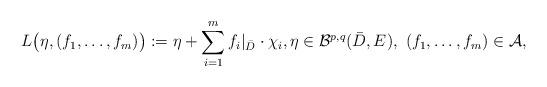
LaTeX: \begin{align*}L\bigl(\eta, (f_1,\dots,f_m)\bigr):=\eta+\sum_{i=1}^m f_i|_{\bar{D}}\cdot\chi_i,\eta\in \mathcal B^{p,q}(\bar D, E),\ (f_1,\dots,f_m)\in \mathcal A,\end{align*}